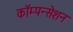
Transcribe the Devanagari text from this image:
कॉम्पन्सेशन